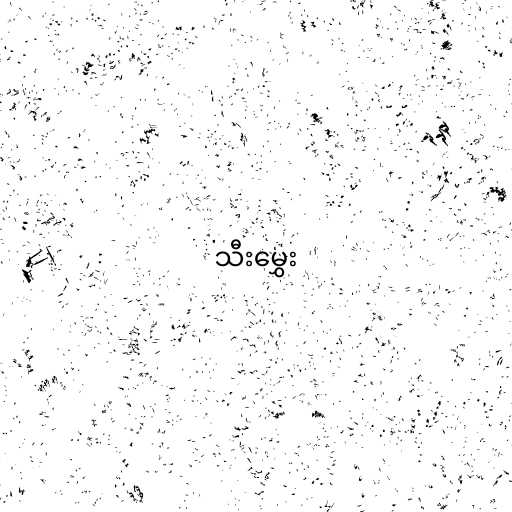
သီးမွှေး